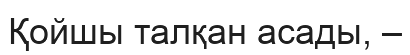
Қойшы талқан асады, –